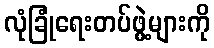
လုံခြုံရေးတပ်ဖွဲ့များကို